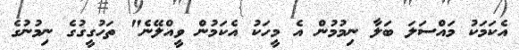
އެކަމަކު މައްސަލަ ބަލާ ނިމުމުން އެ މީހަކު އެކަމުން ވީއްލޭނެ" ތަހުގީގުގެ ނިމުނުގެ